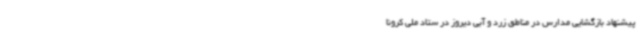
پیشنهاد بازگشایی مدارس در مناطق زرد و آبی دیروز در ستاد ملی کرونا